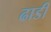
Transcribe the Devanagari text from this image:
ढाडी